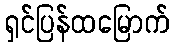
ရှင်ပြန်ထမြောက်